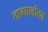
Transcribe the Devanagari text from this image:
तागालोया